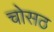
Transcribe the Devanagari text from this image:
चोसठ